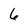
Character: 6